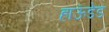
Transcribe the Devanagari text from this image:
हाऊंडेड